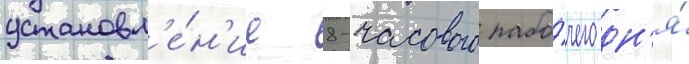
установл'е́н'ие 8-часового рабо́чего дн'я́